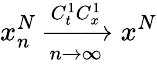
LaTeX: x_{n}^{N}\xrightarrow[n\rightarrow\infty]{C_{t}^{1}C_{x}^{1}}x^{N}